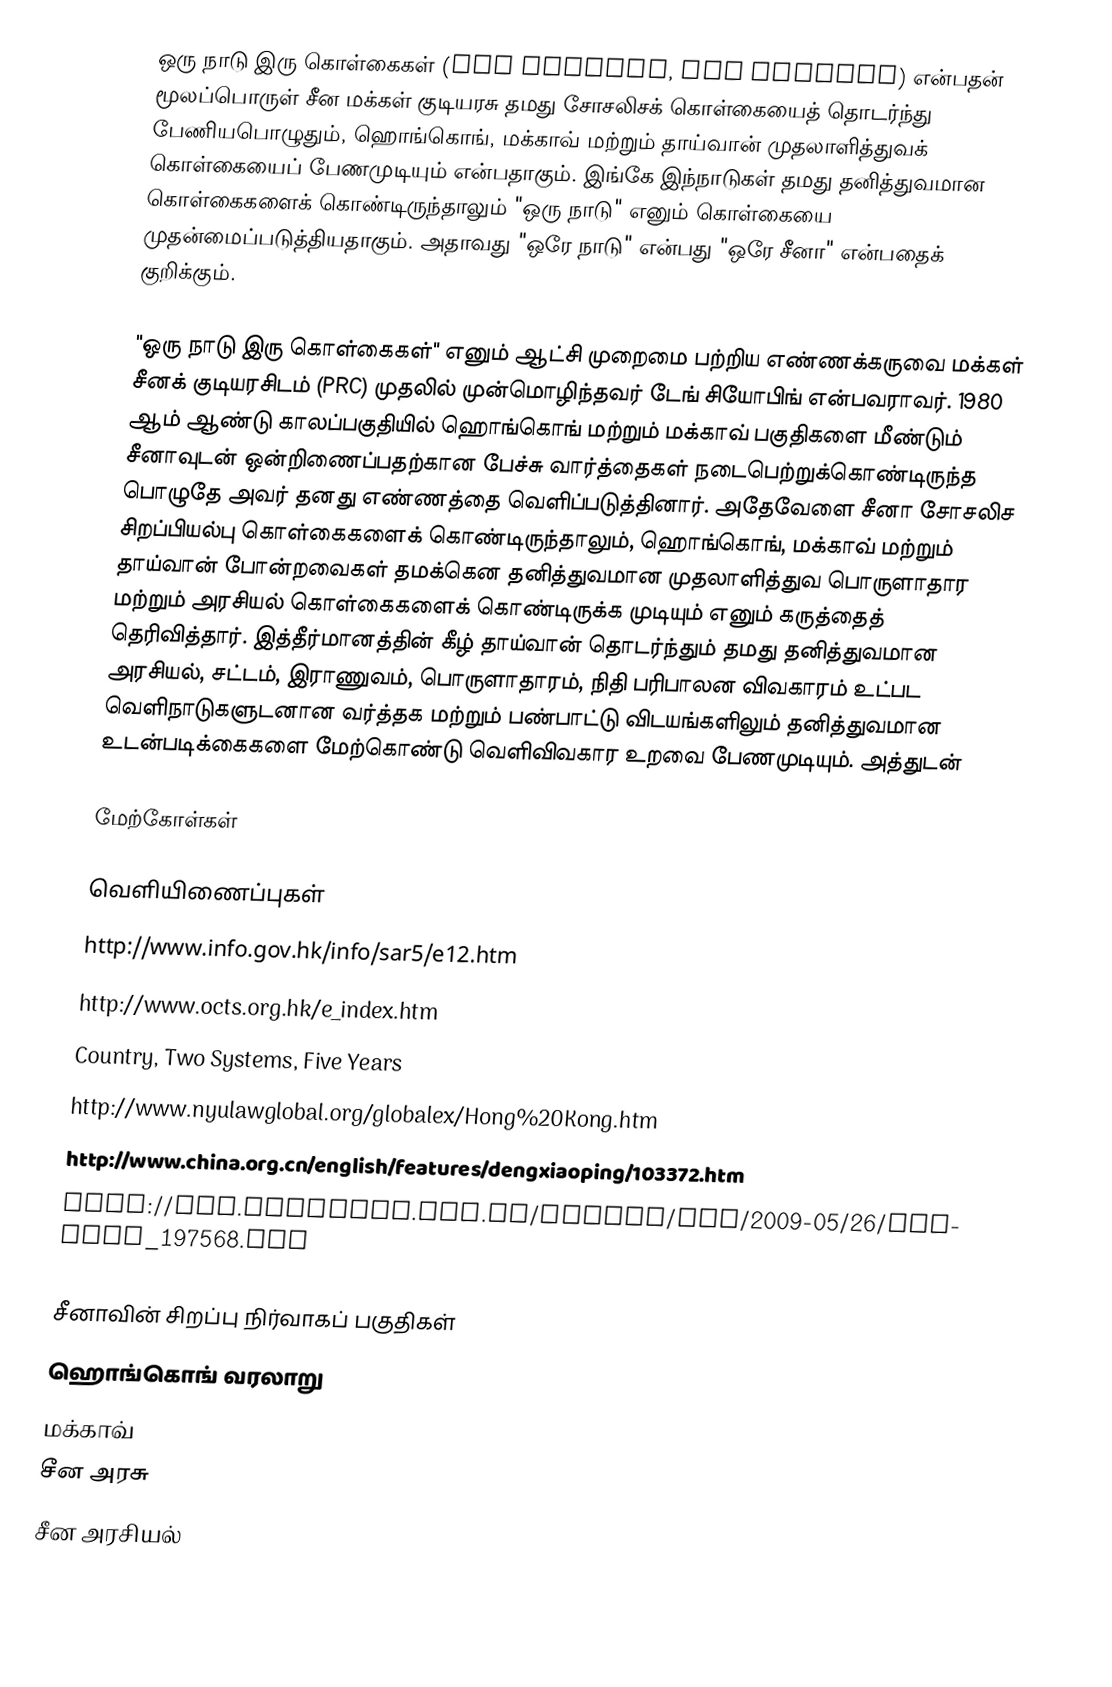
ஒரு நாடு இரு கொள்கைகள் (One country, two systems) என்பதன் மூலப்பொருள் சீன மக்கள் குடியரசு தமது சோசலிசக் கொள்கையைத் தொடர்ந்து பேணியபொழுதும், ஹொங்கொங், மக்காவ் மற்றும் தாய்வான் முதலாளித்துவக் கொள்கையைப் பேணமுடியும் என்பதாகும். இங்கே இந்நாடுகள் தமது தனித்துவமான கொள்கைகளைக் கொண்டிருந்தாலும் "ஒரு நாடு" எனும் கொள்கையை முதன்மைப்படுத்தியதாகும். அதாவது "ஒரே நாடு" என்பது "ஒரே சீனா" என்பதைக் குறிக்கும்.

"ஒரு நாடு இரு கொள்கைகள்" எனும் ஆட்சி முறைமை பற்றிய எண்ணக்கருவை மக்கள் சீனக் குடியரசிடம் (PRC) முதலில் முன்மொழிந்தவர் டேங் சியோபிங் என்பவராவர். 1980 ஆம் ஆண்டு காலப்பகுதியில் ஹொங்கொங் மற்றும் மக்காவ் பகுதிகளை மீண்டும் சீனாவுடன் ஒன்றிணைப்பதற்கான பேச்சு வார்த்தைகள் நடைபெற்றுக்கொண்டிருந்த பொழுதே அவர் தனது எண்ணத்தை வெளிப்படுத்தினார். அதேவேளை சீனா சோசலிச சிறப்பியல்பு கொள்கைகளைக் கொண்டிருந்தாலும், ஹொங்கொங், மக்காவ் மற்றும் தாய்வான் போன்றவைகள் தமக்கென தனித்துவமான முதலாளித்துவ பொருளாதார மற்றும் அரசியல் கொள்கைகளைக் கொண்டிருக்க முடியும் எனும் கருத்தைத் தெரிவித்தார். இத்தீர்மானத்தின் கீழ் தாய்வான் தொடர்ந்தும் தமது தனித்துவமான அரசியல், சட்டம், இராணுவம், பொருளாதாரம், நிதி பரிபாலன விவகாரம் உட்பட வெளிநாடுகளுடனான வர்த்தக மற்றும் பண்பாட்டு விடயங்களிலும் தனித்துவமான உடன்படிக்கைகளை மேற்கொண்டு வெளிவிவகார உறவை பேணமுடியும். அத்துடன்

மேற்கோள்கள்

வெளியிணைப்புகள்
 http://www.info.gov.hk/info/sar5/e12.htm
 http://www.octs.org.hk/e_index.htm
 Country, Two Systems, Five Years
 http://www.nyulawglobal.org/globalex/Hong%20Kong.htm
 http://www.china.org.cn/english/features/dengxiaoping/103372.htm
 http://www.bjreview.com.cn/nation/txt/2009-05/26/content_197568.htm

சீனாவின் சிறப்பு நிர்வாகப் பகுதிகள்
ஹொங்கொங் வரலாறு
மக்காவ்
சீன அரசு
சீன அரசியல்